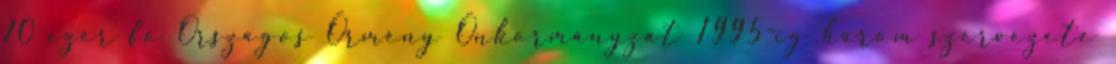
10 ezer fő Országos Örmény Önkormányzat 1995-ig három szervezete